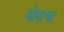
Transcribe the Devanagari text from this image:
मोराचा